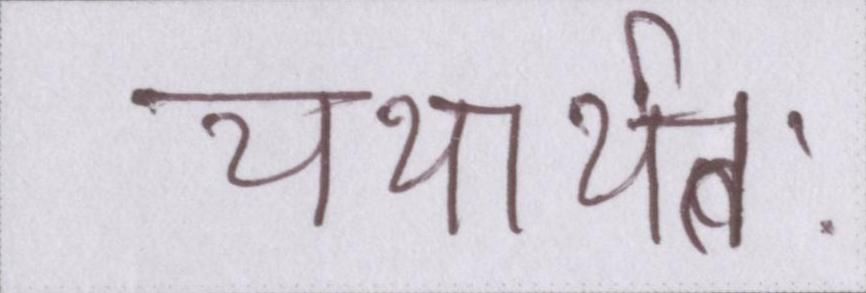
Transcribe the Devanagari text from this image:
यथार्थतः